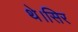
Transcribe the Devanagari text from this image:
थे।सिर